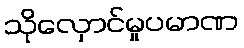
သိုလှောင်မှုပမာဏ